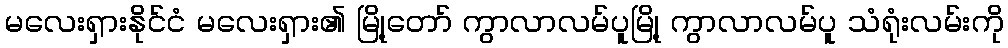
မလေးရှားနိုင်ငံ မလေးရှား၏ မြို့တော် ကွာလာလမ်ပူမြို့ ကွာလာလမ်ပူ သံရုံးလမ်းကို